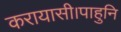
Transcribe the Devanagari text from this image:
करायासी।पाहुनि